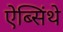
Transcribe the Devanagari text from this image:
ऐब्सिंथे